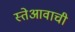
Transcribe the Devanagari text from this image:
स्तेआवाची